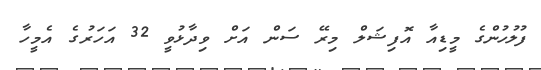
ފުލުހުންގެ މީޑިއާ އޮފިޝަލް މިރޭ ސަން އަށް ވިދާޅުވީ 32 އަހަރުގެ އެމީހާ